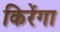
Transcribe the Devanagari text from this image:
किरेंगा